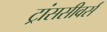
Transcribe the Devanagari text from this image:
ट्रांससीवर्स